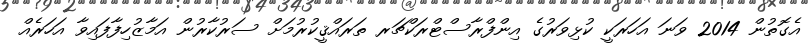
އެގޮތުން 2014 ވަނަ އަހަރަކީ ކުޅިވަރުގެ އިންފްރާސްޓްރަކްޗަރ ތަރައްޤީކުރުމަށް ސަރުކާރުން އަމާޒުހިފާފައިވާ އަހަރެއް